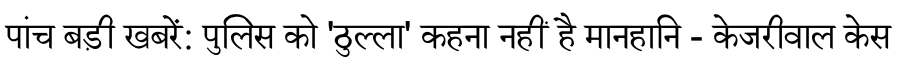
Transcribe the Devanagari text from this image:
पांच बड़ी खबरें: पुलिस को 'ठुल्ला' कहना नहीं है मानहानि - केजरीवाल केस